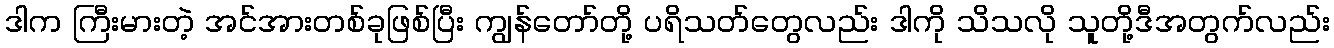
ဒါက ကြီးမားတဲ့ အင်အားတစ်ခုဖြစ်ပြီး ကျွန်တော်တို့ ပရိသတ်တွေလည်း ဒါကို သိသလို သူတို့ဒီအတွက်လည်း